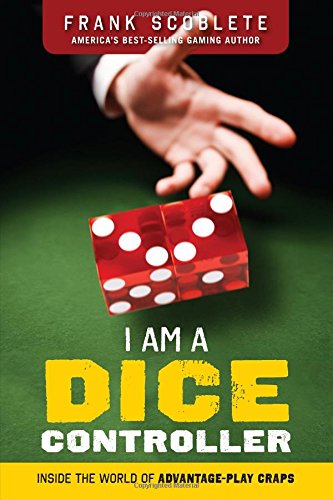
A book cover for I Am a Dice Controller: Inside the World of Advantage-Play Craps!; Frank Scoblete; Humor & Entertainment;